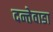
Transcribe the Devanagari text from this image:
दन्तेवाडा